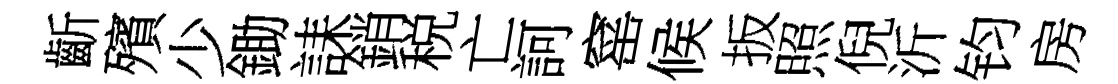
齗殯少鋤誄銷税亡訶窰候扳照倪沂钧房